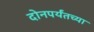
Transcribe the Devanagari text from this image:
दोनपर्यंतच्या